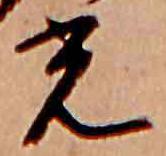
光